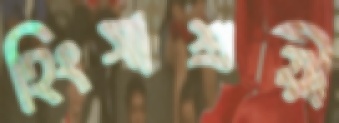
হিংসাশ্রয়ী